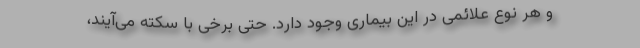
و هر نوع علائمی در این بیماری وجود دارد. حتی برخی با سکته می‌آیند،